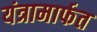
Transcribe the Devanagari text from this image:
यंत्रामार्फत